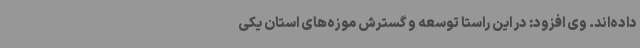
داده‌اند. وی افزود: در این راستا توسعه و گسترش موزه‌های استان یکی